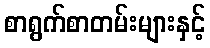
စာရွက်စာတမ်းများနှင့်